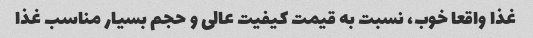
غذا واقعا خوب، نسبت به قیمت کیفیت عالی و حجم بسیار مناسب غذا